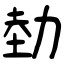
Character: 勎